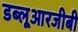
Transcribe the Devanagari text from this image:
डब्लूआरजीबी